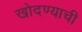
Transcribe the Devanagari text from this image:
खोदण्याची